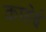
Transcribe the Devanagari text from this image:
काहेई